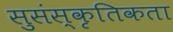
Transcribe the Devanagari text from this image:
सुसंस्कृतिकता